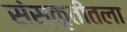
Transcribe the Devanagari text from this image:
संस्कृतीतला